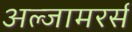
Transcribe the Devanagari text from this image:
अल्जामरर्स